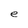
Character: e